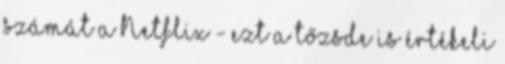
számát a Netflix - ezt a tőzsde is értékeli